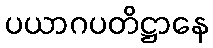
ပယာဂပတိဋ္ဌာနေ